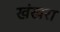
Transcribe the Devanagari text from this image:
खंखरा